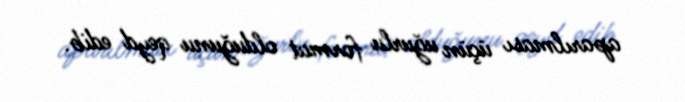
aparılması üçün uğurlu format olduğunu qeyd edib.